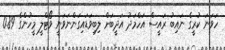
ހަވަނަ ކުރީގެ ނައިބު ރައީސް އަހްމަދު އަދީބަށް ލިބިވަޑައިގަންނަވަނީ ވޯޓްލީ މީހުންގެ 0.89